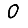
Digit: 0